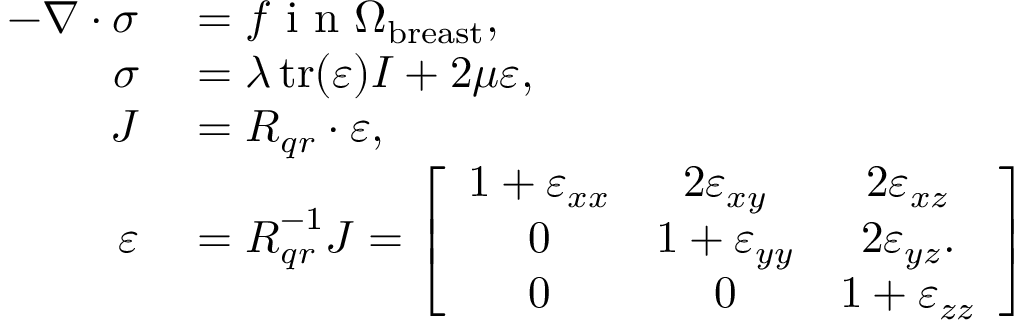
\begin{array} { r l } { - \nabla \cdot \boldsymbol { \sigma } } & { { } = \boldsymbol { f } \mathrm { ~ i ~ n ~ } \Omega _ { \mathrm { b r e a s t } } , } \\ { \boldsymbol { \sigma } } & { { } = \lambda \operatorname { t r } ( \boldsymbol { \varepsilon } ) \boldsymbol { I } + 2 \mu \boldsymbol { \varepsilon } , } \\ { \boldsymbol { J } } & { { } = \boldsymbol { R } _ { q r } \cdot \boldsymbol { \varepsilon } , } \\ { \boldsymbol { \varepsilon } } & { { } = \boldsymbol { R } _ { q r } ^ { - 1 } \boldsymbol { J } = \left[ \begin{array} { c c c } { 1 + \boldsymbol { \varepsilon } _ { x x } } & { 2 \boldsymbol { \varepsilon } _ { x y } } & { 2 \boldsymbol { \varepsilon } _ { x z } } \\ { 0 } & { 1 + \boldsymbol { \varepsilon } _ { y y } } & { 2 \boldsymbol { \varepsilon } _ { y z } . } \\ { 0 } & { 0 } & { 1 + \boldsymbol { \varepsilon } _ { z z } } \end{array} \right] } \end{array}